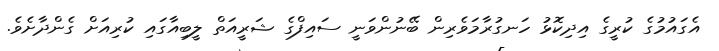
އެގައުމުގެ ކުރީގެ އިދިކޮޅު ހަނގުރާމަވެރިން ބޭނުންވަނީ ސައިފްގެ ޝަރީއަތް ލީބިއާގައި ކުރިއަށް ގެންދާށެވެ.